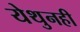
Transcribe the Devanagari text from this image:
येथुनही